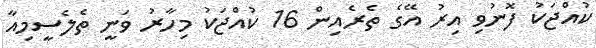
ކުއްޖަކު ފޮނުވި އިރު އޭގެ ތެރެއިން 16 ކުއްޖަކު މިހާރު ވަނީ ތެލެސީމިއާ